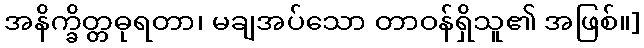
အနိက္ခိတ္တဓုရတာ၊ မချအပ်သော တာဝန်ရှိသူ၏ အဖြစ်။]